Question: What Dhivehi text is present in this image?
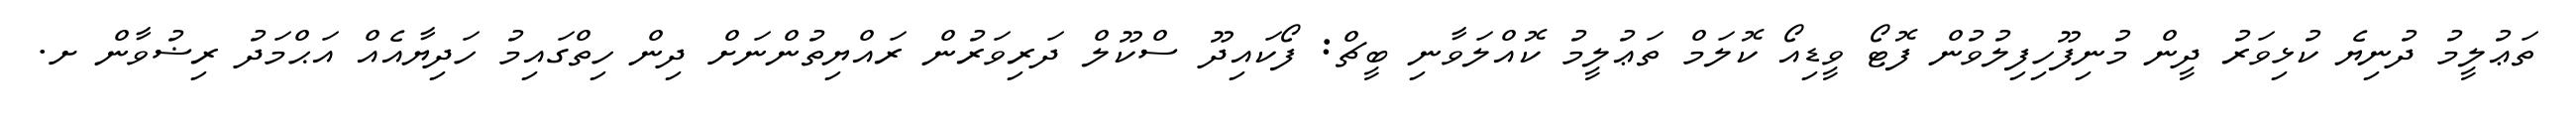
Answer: ތަޢުލީމު ދުނިޔެ ކުޅިވަރު ދީން މުނިފޫހިފިލުވުން ފޮޓޯ ވީޑިއޯ ކޮލަމް ތަޢުލީމު ކޮއްލަވާނި ބީޗް: ފޯކައިދޫ ސްކޫލް ދަރިވަރުން ރައްޔިތުންނަށް ދިން ހިތްގައިމު ހަދިޔާއެއް އަޙްމަދު ރިޟުވާން ށ.